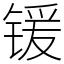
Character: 锾